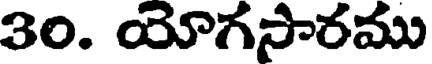
30. యోగసారము